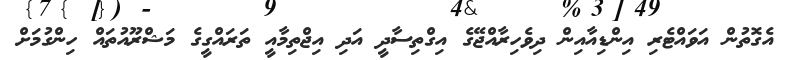
އެގޮތުން އަވައްޓެރި އިންޑިއާއިން ދިވެހިރާއްޖޭގެ އިގްތިސާދީ އަދި އިޖްތިމާއީ ތަރައްގީގެ މަޝްރޫއުތައް ހިންގުމަށް